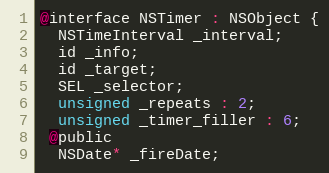
Language: C
@interface NSTimer : NSObject {
  NSTimeInterval _interval;
  id _info;
  id _target;
  SEL _selector;
  unsigned _repeats : 2;
  unsigned _timer_filler : 6;
 @public
  NSDate* _fireDate;